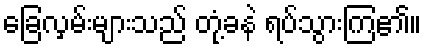
ခြေလှမ်းများသည် တုံ့ခနဲ ရပ်သွားကြ၏။